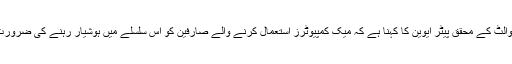
ایلیئن والٹ کے محقق پیٹر ایوین کا کہنا ہے کہ میک کمپیوٹرز استعمال کرنے والے صارفین کو اس سلسلے میں ہوشیار رہنے کی ضرورت ہے۔